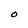
Character: O